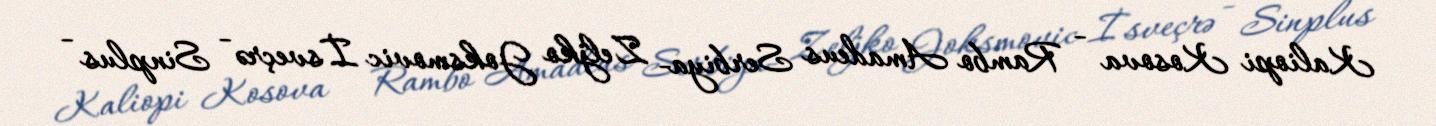
Kaliopi Kosova - Rambo Amadeus Serbiya- Zeljko Joksmovic İsveçrə - Sinplus -